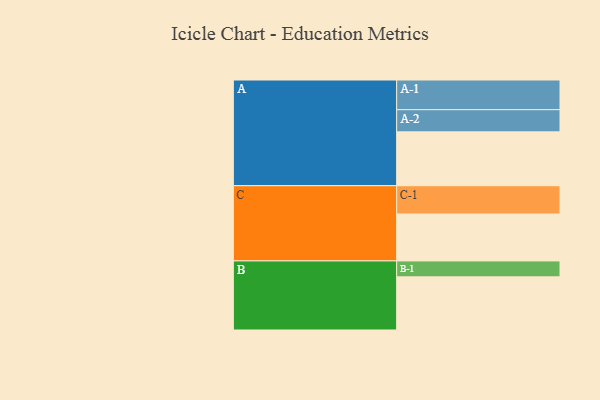
{"axis": {"x": "Segment", "y": "Value"}, "legend": ["", "A", "B", "C"], "data": [{"x": "A", "y": 466, "type": ""}, {"x": "B", "y": 460, "type": ""}, {"x": "C", "y": 406, "type": ""}, {"x": "A-1", "y": 257, "type": "A"}, {"x": "A-2", "y": 192, "type": "A"}, {"x": "B-1", "y": 138, "type": "B"}, {"x": "C-1", "y": 245, "type": "C"}]}